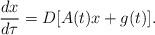
LaTeX: \begin{align*}\dfrac{dx}{d\tau}=D[A(t)x+g(t)].\end{align*}